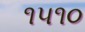
૧૫૧૦